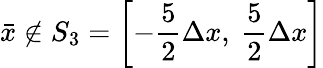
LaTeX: \bar{x}\notin{{S}_{3}}=\left[-\frac{5}{2}\Delta x,\ \frac{5}{2}\Delta x\right]